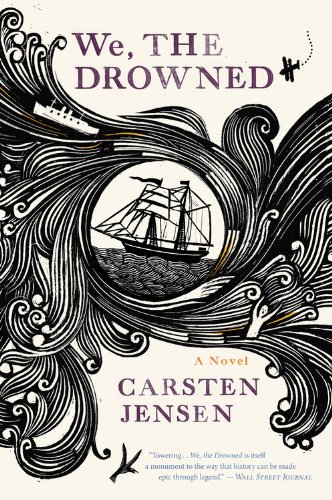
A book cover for We, the Drowned; Carsten Jensen; Literature & Fiction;